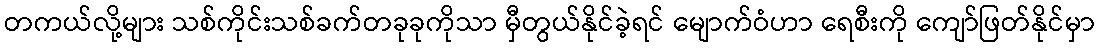
တကယ်လို့များ သစ်ကိုင်းသစ်ခက်တခုခုကိုသာ မှီတွယ်နိုင်ခဲ့ရင် မျောက်ဝံဟာ ရေစီးကို ကျော်ဖြတ်နိုင်မှာ